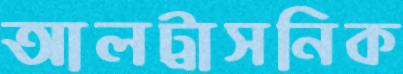
আলট্রাসনিক